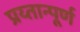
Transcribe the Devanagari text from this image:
प्रय्तान्पूर्ण